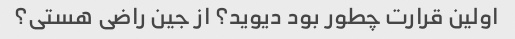
اولین قرارت چطور بود دیوید؟ از جین راضی هستی؟